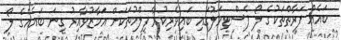
ބައެއް ފަރާތްތަކުގެ ލޯ ފެސްޓިވަލުގައި ބައިވެރިކުރާ ފިލްމުތަކަށް އަމާޒުވާއިރު ގިނަ ބައެއްގެ ލޯ